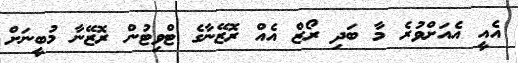
އެއީ އެއަށްވުރެ މާ ބަދި ރޯޒް އެއް ރޮޒޭނާގެ ޓްވިޓުން ރޮޒޭނާ މުބީނަށް